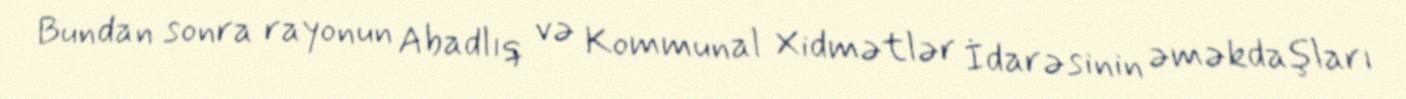
Bundan sonra rayonun Abadlıq və Kommunal Xidmətlər İdarəsinin əməkdaşları